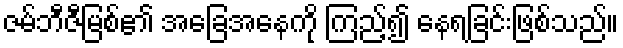
ဇမ်ဘီဇီမြစ်၏ အခြေအနေကို ကြည့်၍ နေရခြင်းဖြစ်သည်။